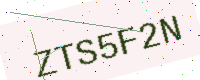
Text: ZTS5F2N